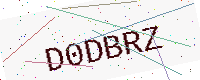
Text: D0DBRZ